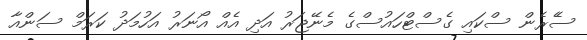
ސެެރެން ސްކައި ގެސްޓްހައުސްގެ މެނޭޖަރު އަދި އެއް އޯނަރު އަހުމަދު ކަރަމް ސަންއާ